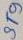
Text: ST9